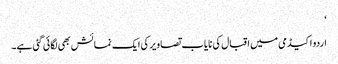
‘
اردو اکیڈمی میں اقبال کی نایاب تصاویر کی ایک نمائش بھی لگائی گئی ہے۔